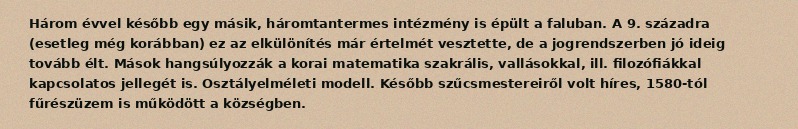
Három évvel később egy másik, háromtantermes intézmény is épült a faluban. A 9. századra (esetleg még korábban) ez az elkülönítés már értelmét vesztette, de a jogrendszerben jó ideig tovább élt. Mások hangsúlyozzák a korai matematika szakrális, vallásokkal, ill. filozófiákkal kapcsolatos jellegét is. Osztályelméleti modell. Később szűcsmestereiről volt híres, 1580-tól fűrészüzem is működött a községben.